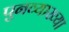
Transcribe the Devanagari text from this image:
पुनव्याख्या